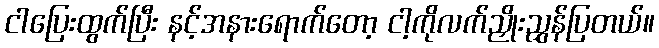
ငါပြေးထွက်ပြီး နင့်အနားရောက်တော့ ငါ့ကိုလက်ညှိုးညွှန်ပြတယ်။